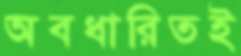
অবধারিতই